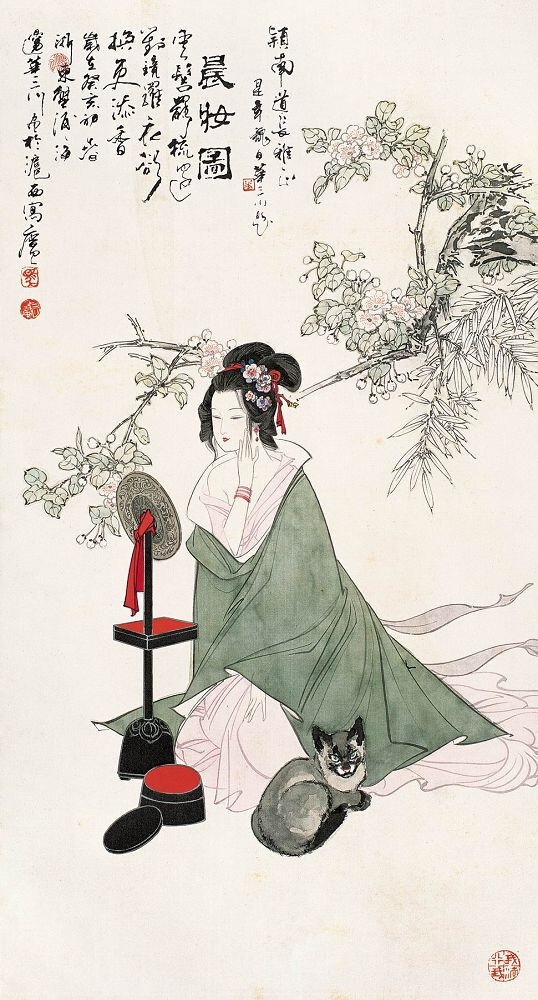
十二楼中尽晓妆，望仙楼上望君王。